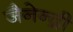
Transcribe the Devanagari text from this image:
जैनेन्द्री